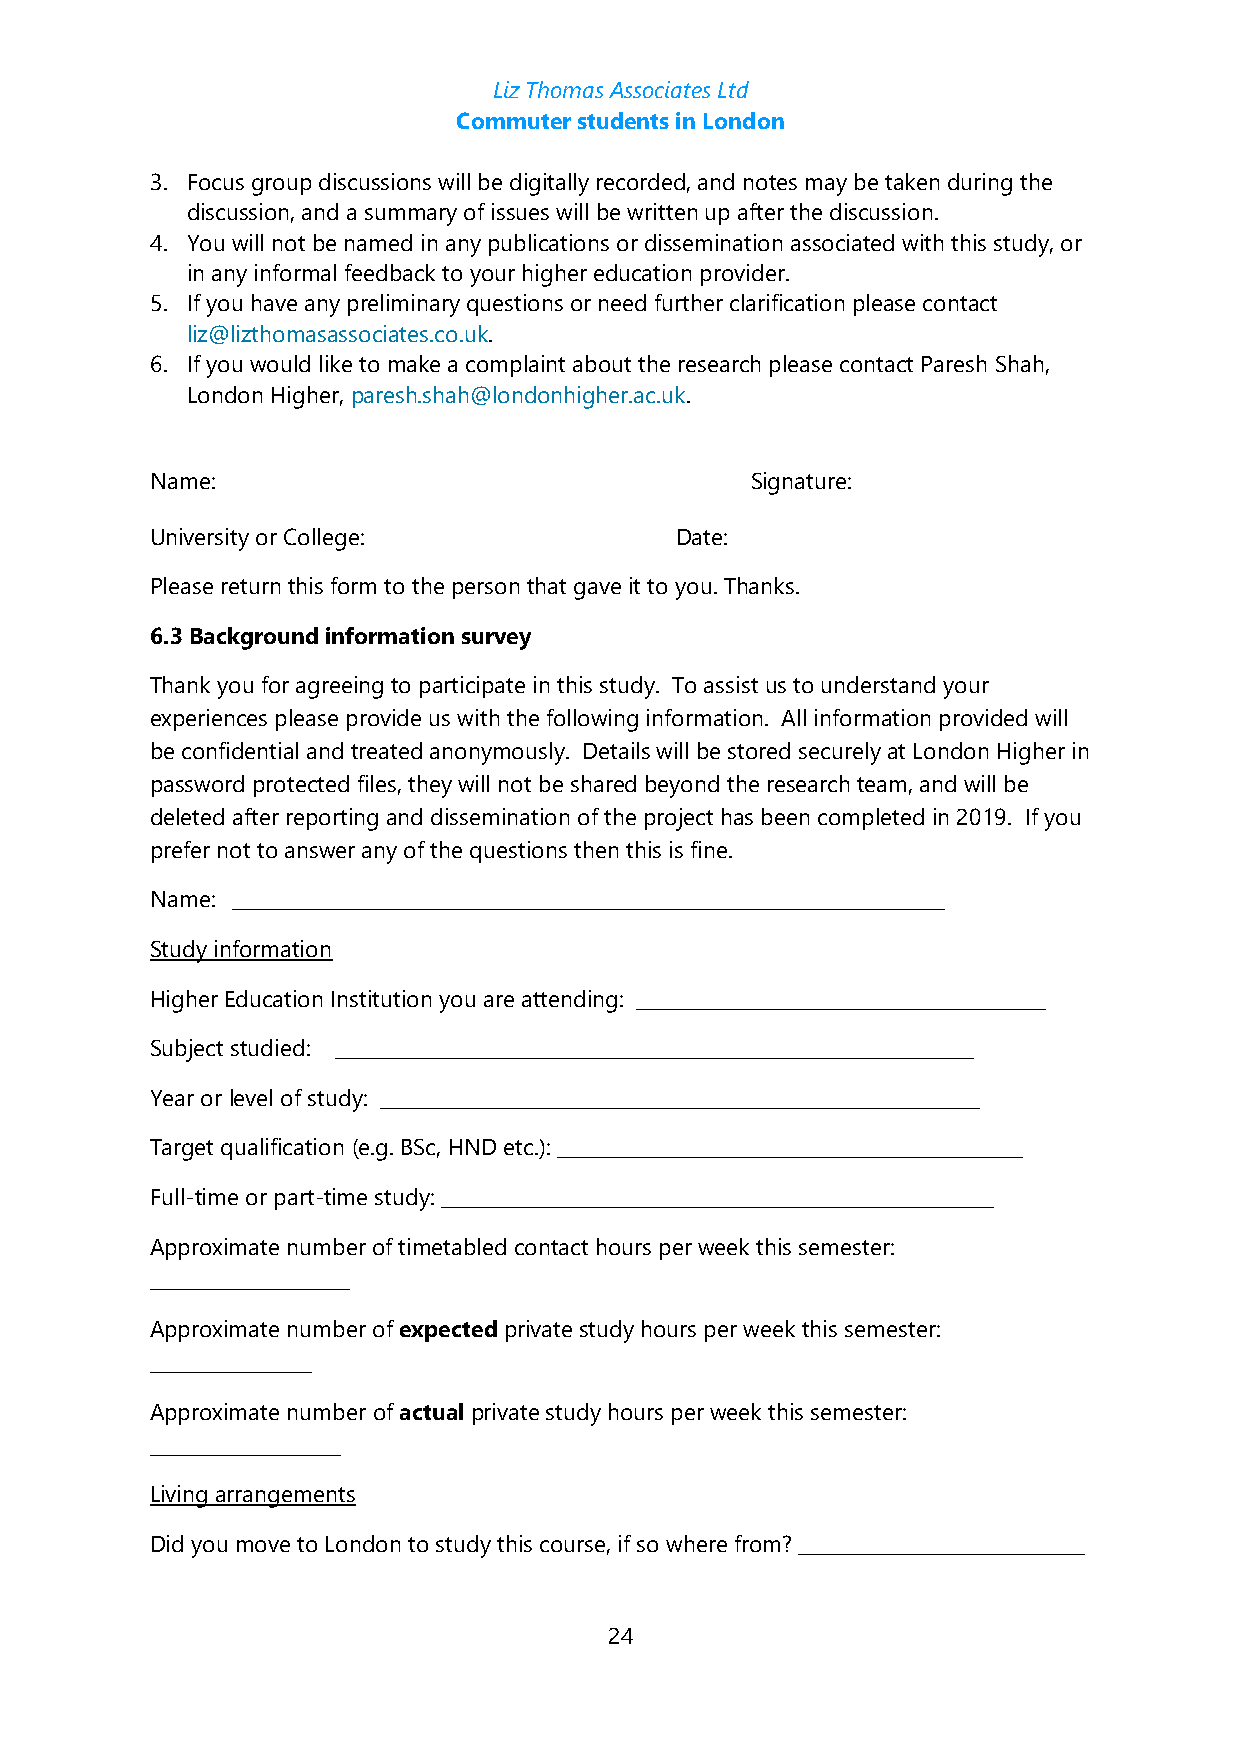
Liz Thomas Associates Ltd
 Commuter students in London
 3. Focus group discussions will be digitally recorded, and notes may be taken during the
 discussion, and a summary of issues will be written up after the discussion.
 4. You will not be named in any publications or dissemination associated with this study, or
 in any informal feedback to your higher education provider.
 5. If you have any preliminary questions or need further clarification please contact
 liz@lizthomasassociates.co.uk.
 6. If you would like to make a complaint about the research please contact Paresh Shah,
 London Higher, paresh.shah@londonhigher.ac.uk.
 Name:                                   Signature:
 University or College:             Date:
 Please return this form to the person that gave it to you. Thanks.
 6.3 Background information survey
 Thank you for agreeing to participate in this study. To assist us to understand your
 experiences please provide us with the following information. All information provided will
 be confidential and treated anonymously. Details will be stored securely at London Higher in
 password protected files, they will not be shared beyond the research team, and will be
 deleted after reporting and dissemination of the project has been completed in 2019. If you
 prefer not to answer any of the questions then this is fine.
 Name: ___________________________________________________________________________
 Study information
 Higher Education Institution you are attending: ___________________________________________
 Subject studied: ___________________________________________________________________
 Year or level of study: _______________________________________________________________
 Target qualification (e.g. BSc, HND etc.): _________________________________________________
 Full-time or part-time study: __________________________________________________________
 Approximate number of timetabled contact hours per week this semester:
 _____________________
 Approximate number of expected private study hours per week this semester:
 _________________
 Approximate number of actual private study hours per week this semester:
 ____________________
 Living arrangements
 Did you move to London to study this course, if so where from? ______________________________
 24